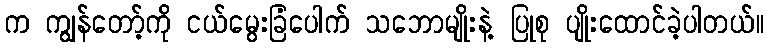
က ကျွန်တော့်ကို ငယ်မွေးခြံပေါက် သဘောမျိုးနဲ့ ပြုစု ပျိုးထောင်ခဲ့ပါတယ်။